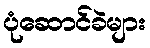
ပုံဆောင်ခဲများ